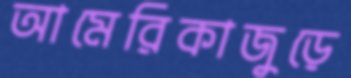
আমেরিকাজুড়ে